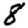
Digit: 8